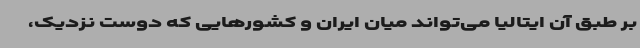
بر طبق آن ایتالیا می‌تواند میان ایران و کشورهایی که دوست‌ نزدیک،